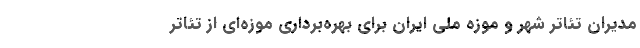
مدیران تئاتر شهر و موزه ملی ایران برای بهره‌برداری موزه‌ای از تئاتر